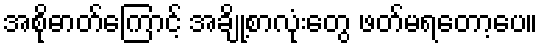
အစိုဓာတ်ကြောင့် အချို့စာလုံးတွေ ဖတ်မရတော့ပေ။